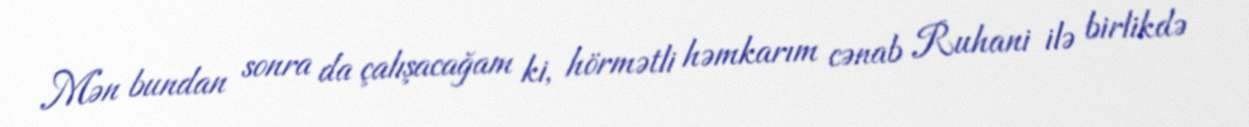
Mən bundan sonra da çalışacağam ki, hörmətli həmkarım cənab Ruhani ilə birlikdə